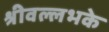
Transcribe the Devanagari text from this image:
श्रीवल्लभके